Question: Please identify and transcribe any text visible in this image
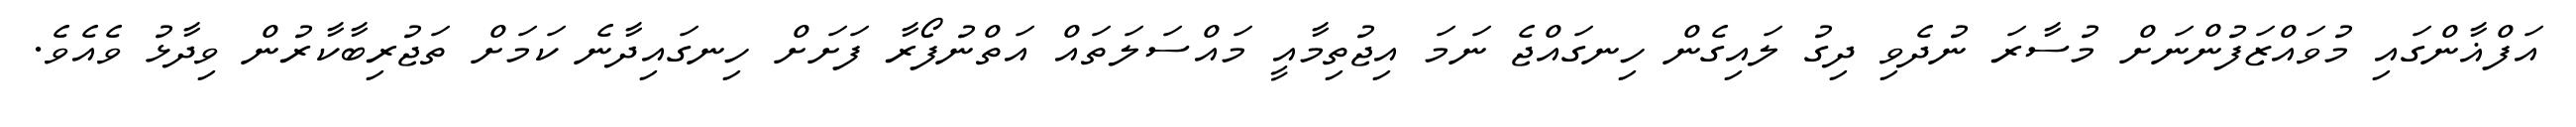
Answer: އަފްޣާންގައި މުވައްޒަފުންނަށް މުސާރަ ނުދެވި ދިގު ލައިގެން ހިނގައްޖެ ނަމަ އިޖުތިމާއީ މައްސަލަތައް އަތްނުފޯރާ ފަށަށް ހިނގައިދާނެ ކަމަށް ތަޖުރިބާކާރުން ވިދާޅު ވެއެވެ.